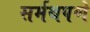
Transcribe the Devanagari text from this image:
सर्मथपणे